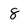
Character: 8